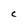
Character: C